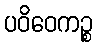
ပဝိဝေကဉ္စ